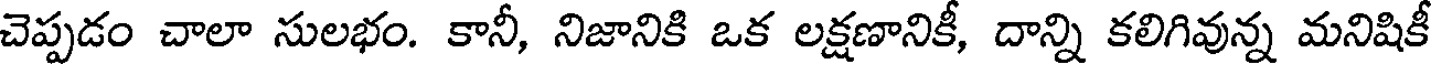
చెప్పడం చాలా సులభం. కానీ, నిజానికి ఒక లక్షణానికీ, దాన్ని కలిగివున్న మనిషికీ